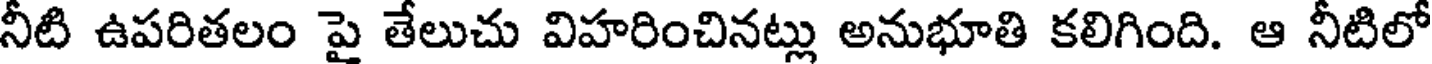
నీటి ఉపరితలం పై తేలుచు విహరించినట్లు అనుభూతి కలిగింది. ఆ నీటిలో